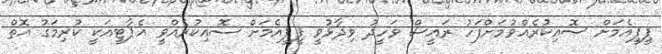
ޕީޕީއެމަށް ސޮއިކުރެއްވުމަށްފަހު ރައީސް ވަހީދު ވިދާޅުވީ ޕީޕީއެމަށް ސޮއިކުރެއްވީ އެޕާޓީއަކީ ކުރިމަގު އޮތް